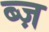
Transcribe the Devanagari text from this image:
ब्ज़